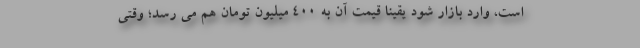
است، وارد بازار شود يقینا قيمت آن به 400 ميليون تومان هم مي رسد؛ وقتي